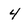
Character: 4